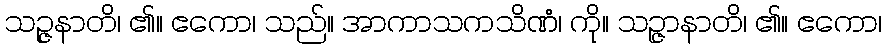
သဉ္ဇနာတိ၊ ၏။ ဧကော၊ သည်။ အာကာသကသိဏံ၊ ကို။ သဉ္ဇာနာတိ၊ ၏။ ဧကော၊